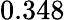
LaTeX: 0.348